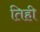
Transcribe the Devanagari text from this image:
तिही